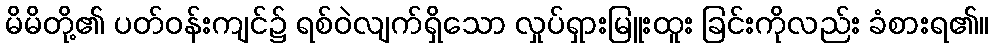
မိမိတို့၏ ပတ်ဝန်းကျင်၌ ရစ်ဝဲလျက်ရှိသော လှုပ်ရှားမြူးထူး ခြင်းကိုလည်း ခံစားရ၏။